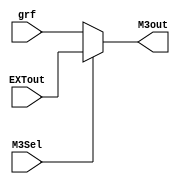
`timescale 1ns / 1ps
//////////////////////////////////////////////////////////////////////////////////
// Company: 
// Engineer: 
// 
// Design Name: 
// Module Name:    MUX3 
// Project Name: 
// Target Devices: 
// Tool versions: 
// Description: 
//
// Dependencies: 
//
// Revision: 
// Revision 0.01 - File Created
// Additional Comments: 
//
//////////////////////////////////////////////////////////////////////////////////
module MUX3(
    input [31:0] grf,
    input [31:0] EXTout,
    input M3Sel,
    output [31:0] M3out
    );
	 
	 assign M3out = (M3Sel==1)? EXTout : grf;

endmodule